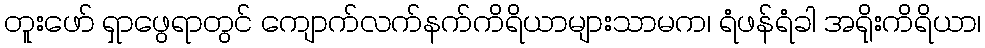
တူးဖော် ရှာဖွေရာတွင် ကျောက်လက်နက်ကိရိယာများသာမက၊ ရံဖန်ရံခါ အရိုးကိရိယာ၊